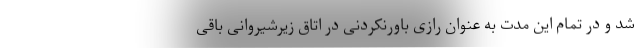
شد و در تمام این مدت به عنوان رازی باورنکردنی در اتاق زیرشیروانی باقی